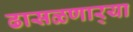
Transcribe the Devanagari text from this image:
ढासळणार्‍या